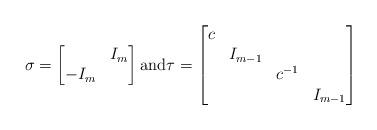
LaTeX: \begin{align*}\sigma = \begin{bmatrix} & I_m \\ -I_m \end{bmatrix}\hbox{and} \tau = \begin{bmatrix} c \\& I_{m-1} \\ & & c^{-1} \\ & & & I_{m-1} \end{bmatrix}\end{align*}